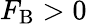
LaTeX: F_{\mathrm{B}}>0